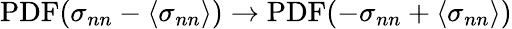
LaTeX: \mathrm{PDF}(\sigma_{nn}-\left\langle\sigma_{nn}\right\rangle)\to\mathrm{PDF}(-\sigma_{nn}+\left\langle\sigma_{nn}\right\rangle)